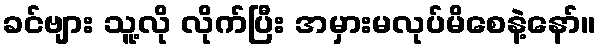
ခင်ဗျား သူ့လို လိုက်ပြီး အမှားမလုပ်မိစေနဲ့နော်။